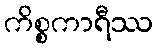
ကိစ္စကာရီဿ